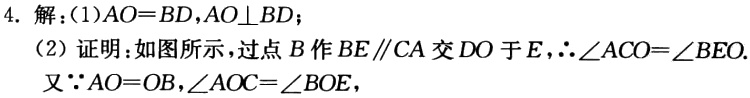
4. 解：(1)$AO = BD,AO\perp BD$；

(2) 证明：如图所示，过点\(B\)作\(BE\parallel CA\)交\(DO\)于\(E\)，\(\therefore\angle ACO=\angle BEO\).

又\(\because AO = OB,\angle AOC=\angle BOE\)，